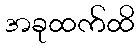
အခုထက်ထိ